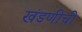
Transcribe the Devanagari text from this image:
खंडणीची